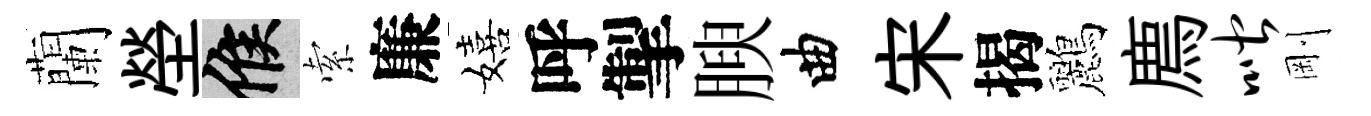
蘭塋候索廉嬉呼掣腴曲宋揭鸝廌喈剛